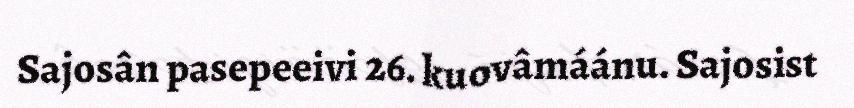
Sajosân pasepeeivi 26. kuovâmáánu. Sajosist